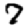
Digit: 7